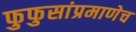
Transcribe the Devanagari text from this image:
फुफुसांप्रमाणेच